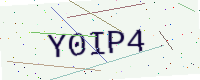
Text: Y0IP4